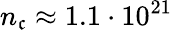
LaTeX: n_{\mathfrak{c}}\approx1.1\cdot10^{21}